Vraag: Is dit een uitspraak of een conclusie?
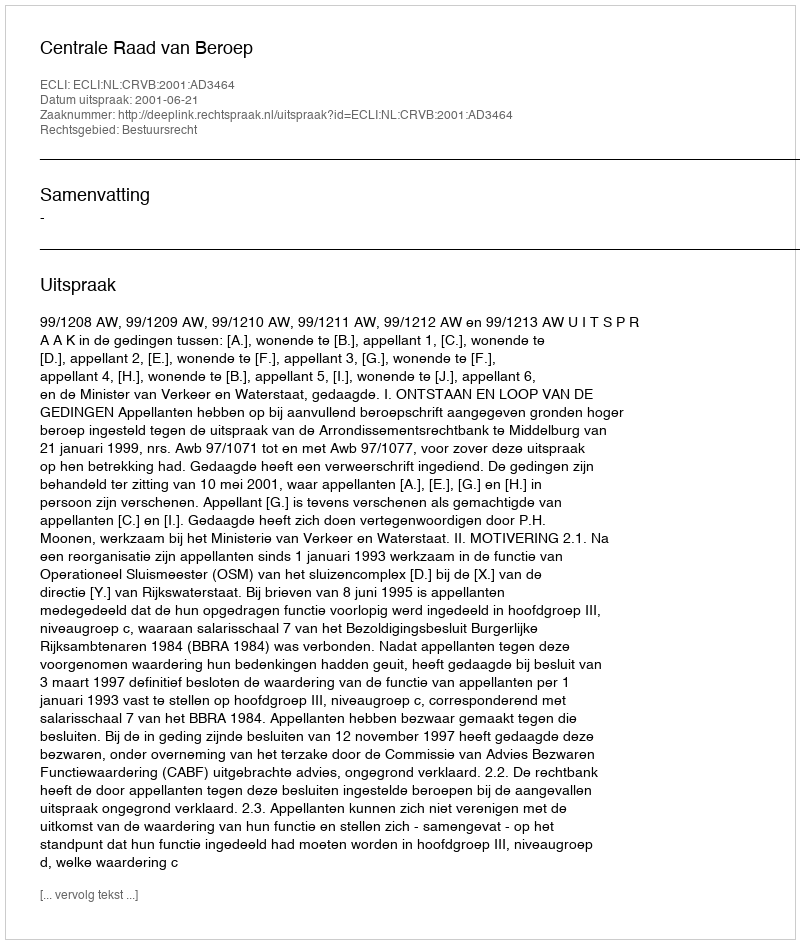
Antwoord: Uitspraak